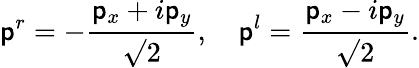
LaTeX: \mathsf{p}^{r}=-\frac{{\mathsf{p}_{x}+i\mathsf{p}_{y}}}{{\surd2}},\quad\mathsf{p}^{l}=\frac{{\mathsf{p}_{x}-i\mathsf{p}_{y}}}{{\surd2}}.